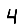
Digit: 4